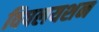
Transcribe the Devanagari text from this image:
विषलयशन